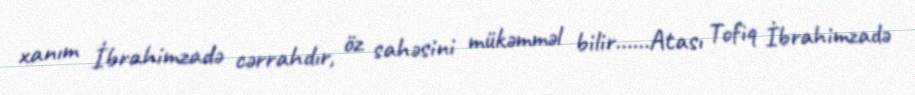
xanım İbrahimzadə cərrahdır, öz sahəsini mükəmməl bilir……Atası Tofiq İbrahimzadə